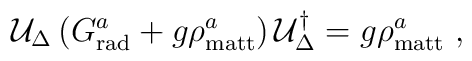
{\cal U}_{\Delta} \left(G^a_{\rm rad} + g \rho^a_{\rm matt} \right){\cal U}_{\Delta}^{\dagger} = g \rho_{\rm matt}^a \ ,